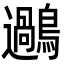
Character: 𪆹